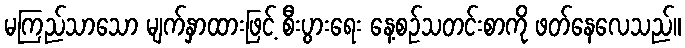
မကြည်သာသော မျက်နှာထားဖြင့် စီးပွားရေး နေ့စဉ်သတင်းစာကို ဖတ်နေလေသည်။